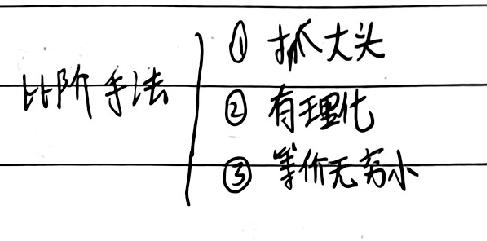
比阶手法
$\textcircled{1}$ 抓大头
$\textcircled{2}$ 有理化
$\textcircled{3}$ 等价无穷小